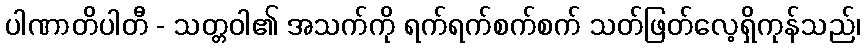
ပါဏာတိပါတီ - သတ္တဝါ၏ အသက်ကို ရက်ရက်စက်စက် သတ်ဖြတ်လေ့ရှိကုန်သည်၊